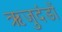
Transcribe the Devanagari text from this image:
ऋजुदंडों